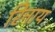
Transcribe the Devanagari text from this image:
रिनाय